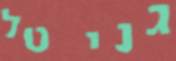
גני טל